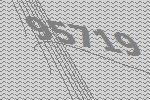
95719